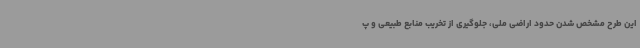
این طرح مشخص شدن حدود اراضی ملی، جلوگیری از تخریب منابع طبیعی و پ